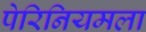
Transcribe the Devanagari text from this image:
पेरिनियमला